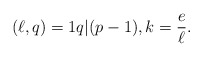
\begin{align*}(\ell,q)=1 q|(p-1),k=\frac{e}{\ell}.\end{align*}